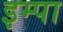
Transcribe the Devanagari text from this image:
इम्पा